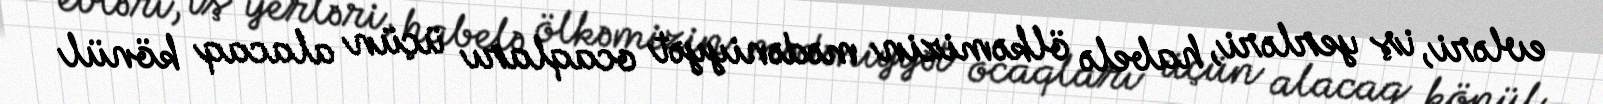
evləri, iş yerləri, habelə ölkəmizin mədəniyyət ocaqları üçün alacaq könül